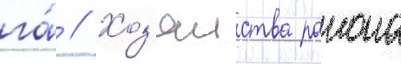
га́ // Хоз'яиства раиона